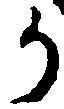
か